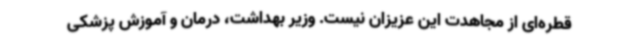
قطره‌ای از مجاهدت این عزیزان نیست. وزیر بهداشت، درمان و آموزش پزشکی